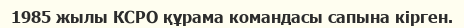
1985 жылы КСРО құрама командасы сапына кірген.